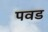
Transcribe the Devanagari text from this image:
पवड